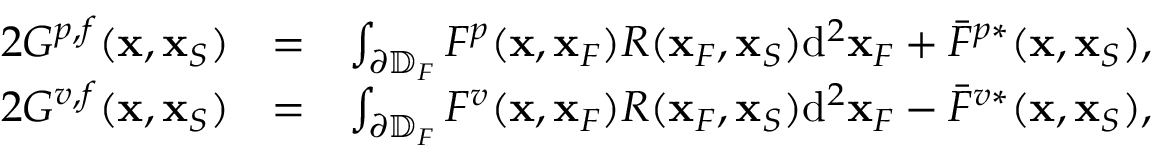
\begin{array} { r l r } { 2 G ^ { p , f } ( { \bf x } , { \bf x } _ { S } ) } & { = } & { \int _ { \partial \mathbb { D } _ { F } } F ^ { p } ( { \bf x } , { \bf x } _ { F } ) R ( { \bf x } _ { F } , { \bf x } _ { S } ) \mathrm { d } ^ { 2 } { \bf x } _ { F } + \bar { F } ^ { p * } ( { \bf x } , { \bf x } _ { S } ) , } \\ { 2 G ^ { v , f } ( { \bf x } , { \bf x } _ { S } ) } & { = } & { \int _ { \partial \mathbb { D } _ { F } } F ^ { v } ( { \bf x } , { \bf x } _ { F } ) R ( { \bf x } _ { F } , { \bf x } _ { S } ) \mathrm { d } ^ { 2 } { \bf x } _ { F } - \bar { F } ^ { v * } ( { \bf x } , { \bf x } _ { S } ) , } \end{array}